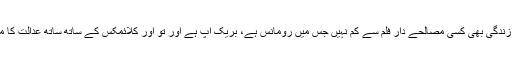
ویسے ان کی زندگی بھی کسی مصالحے دار فلم سے کم نہیں جس میں رومانس ہے، بریک اپ ہے اور تو اور کلائمکس کے ساتھ ساتھ عدالت کا منظر بھی ہے۔